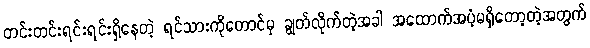
တင်းတင်းရင်းရင်းရှိနေတဲ့ ရင်သားကိုတောင်မှ ချွတ်လိုက်တဲ့အခါ အထောက်အပံ့မရှိတော့တဲ့အတွက်